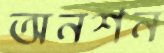
অনশন